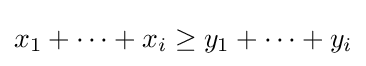
x_{1}+\cdots +x_{i}\geq y_{1}+\cdots +y_{i}